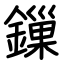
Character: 鏁